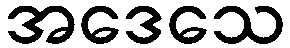
အဒေသေ